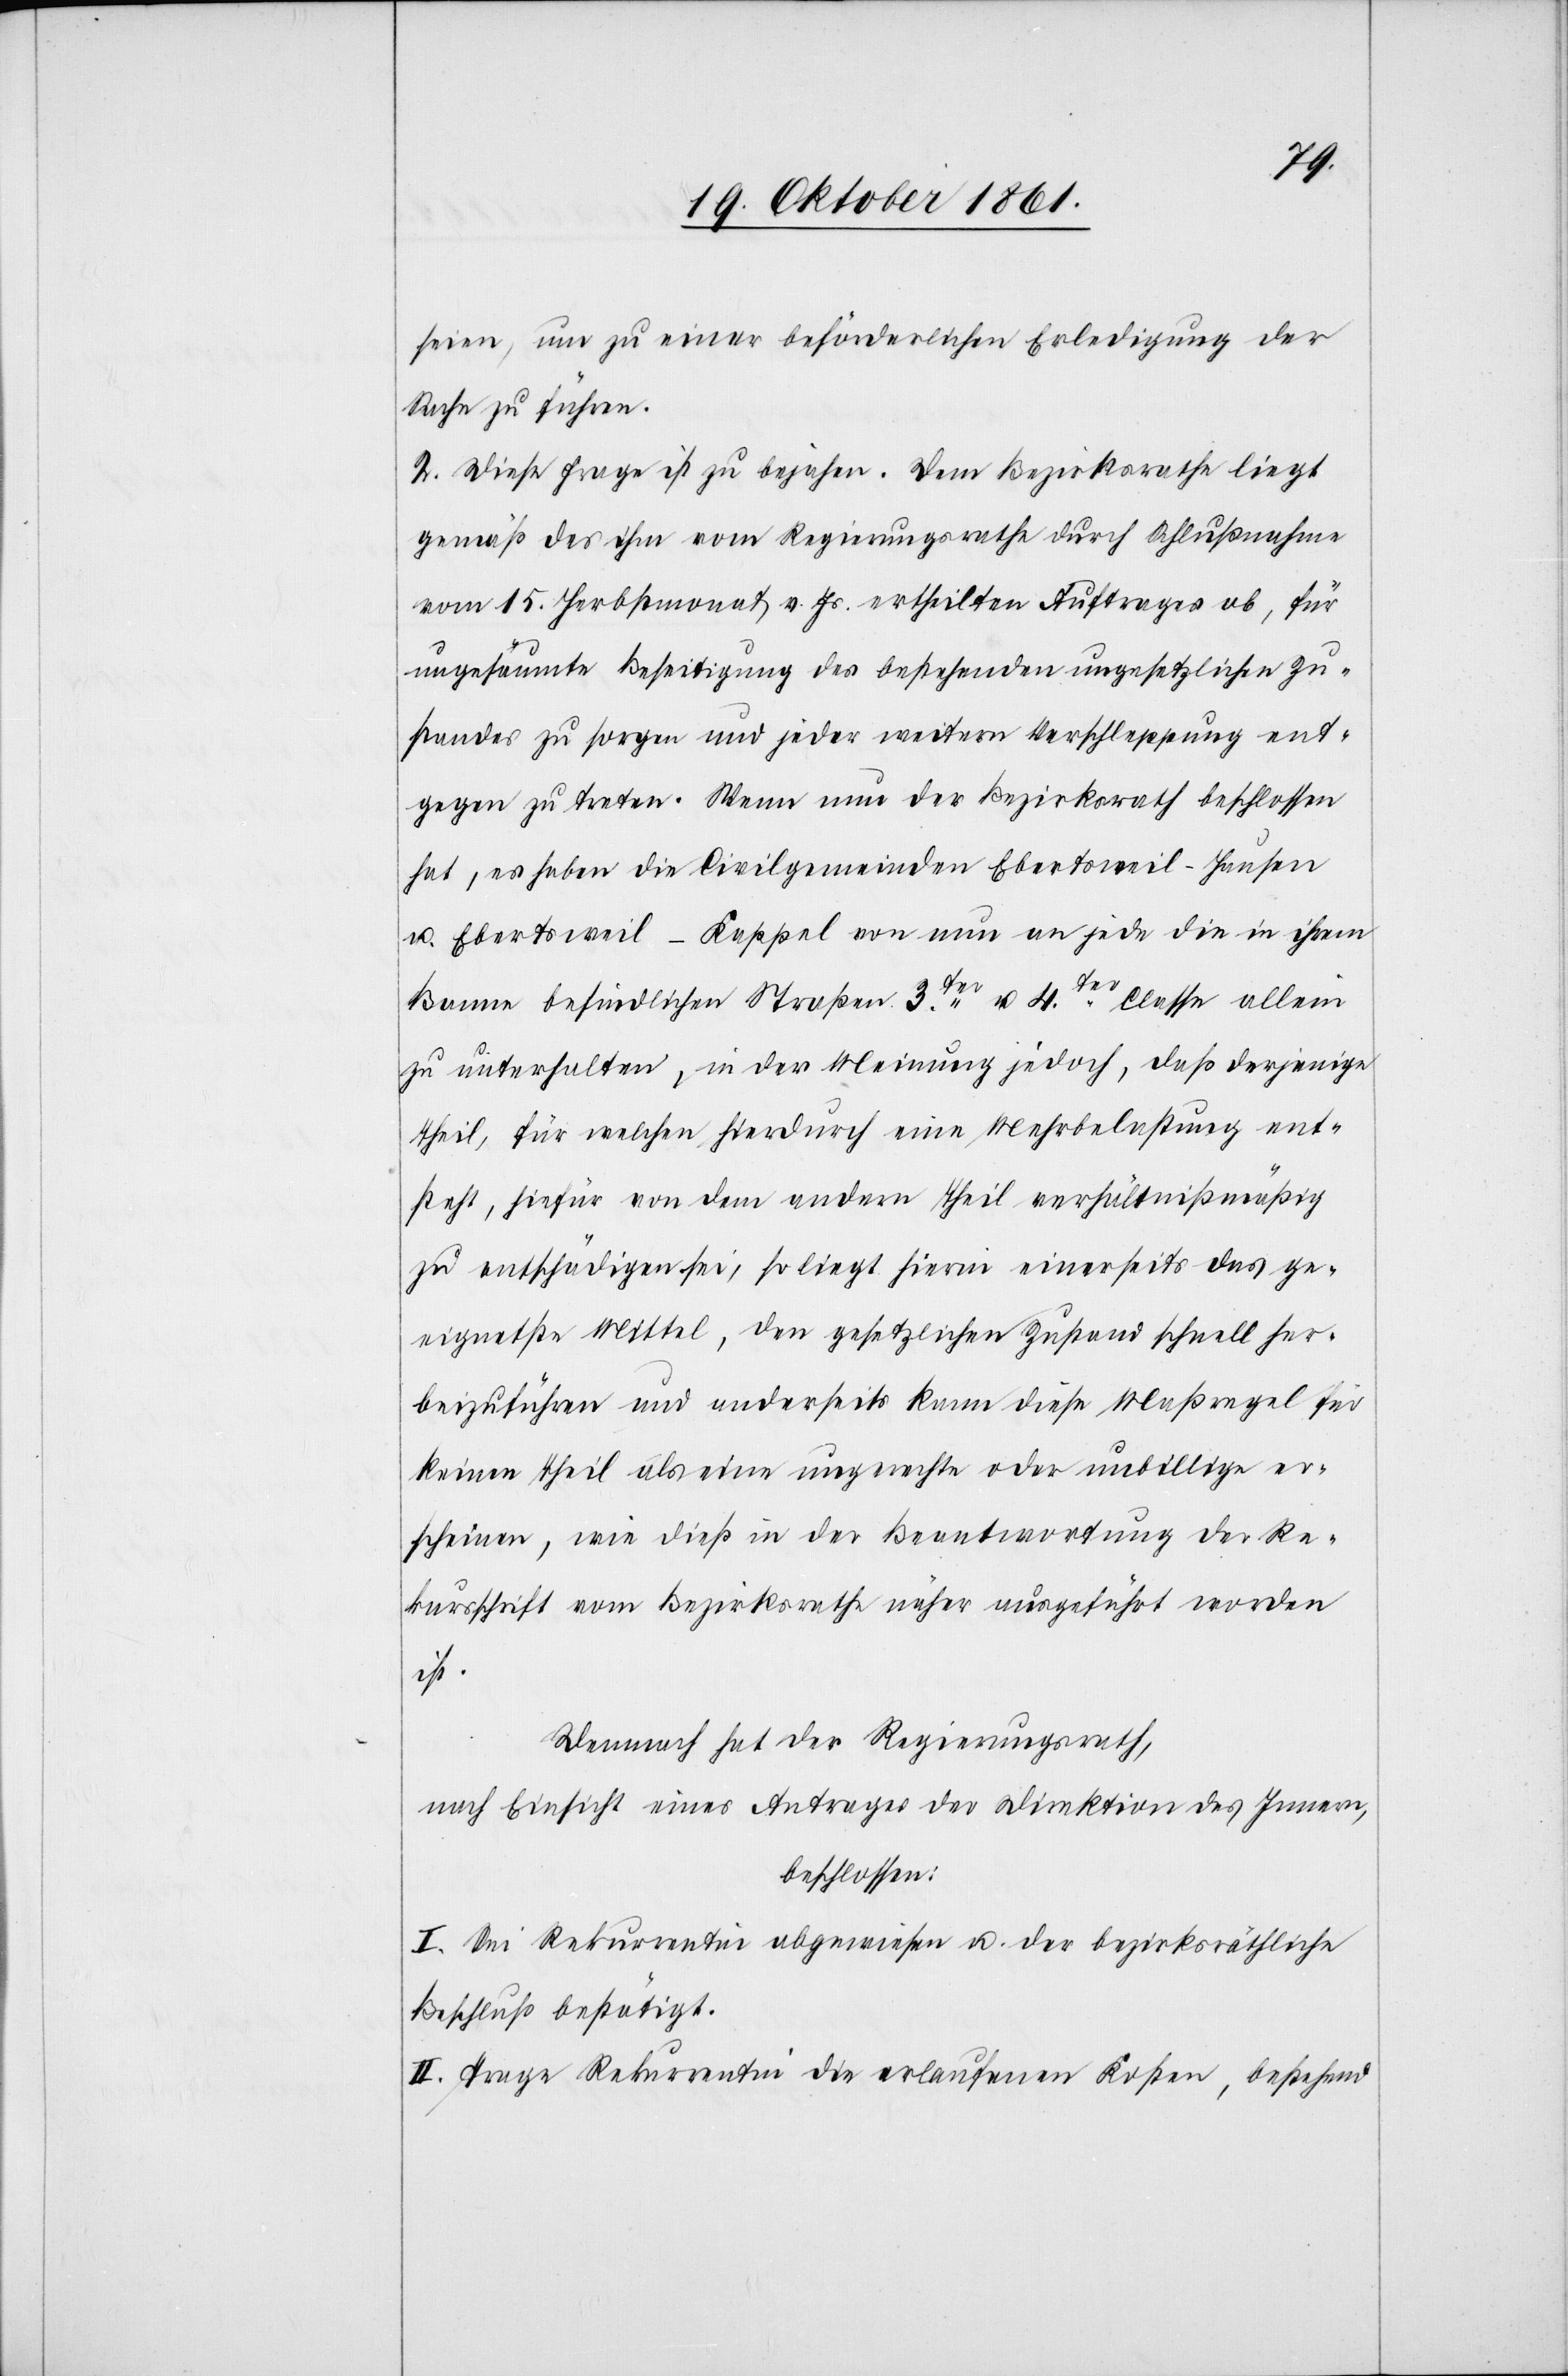
seien, um zu einer beförderlichen Erledigung der
Sache zu führen.
2. Diese Frage ist zu bejahen. Vom Bezirksrathe liegt
gemäß des ihm vom Regierungsrathe durch Schlußnahme
vom 15 Herbstmonat v. Js. ertheilten Auftrages ob, für
ungesäumte Beseitigung des bestehenden ungesetzlichen Zu¬
standes zu sorgen und jeder weitern Verschleppung ent¬
gegen zu treten. Wenn nun der Bezirksrath beschlossen
hat, es haben die Civilgemeinden Ebertsweil-Hausen
u. Ebertsweil-Kappel von nun an jede die [sic!] in ihrem
Banne befindlichen Straßen 3ter u. 4ter Classe allein
zu unterhalten, in der Meinung jedoch, daß derjenige
Theil, für welchen hierdurch eine Mehrbelastung ent¬
steht, hiefür von dem andern Theil verhältnißmäßig
zu entschädigen sei, so liegt hierin einerseits das ge¬
eignetste Mittel, den gesetzlichen Zustand schnell her¬
beizuführen und anderseits kann diese Maßregel für
keinen Theil als eine ungerechte oder unbillige er¬
scheinen, wie dieß in der Beantwortung der Re¬
kursschrift vom Bezirksrathe näher ausgeführt worden
ist.
Demnach hat der Regierungsrath,
nach Einsicht eines Antrages der Direktion des Innern,
beschlossen:
I. Sei Rekurrentin abgewiesen u. der bezirksräthliche
Beschluß bestätigt.
II. Trage Rekurrentin die erlaufenen Kosten, bestehend